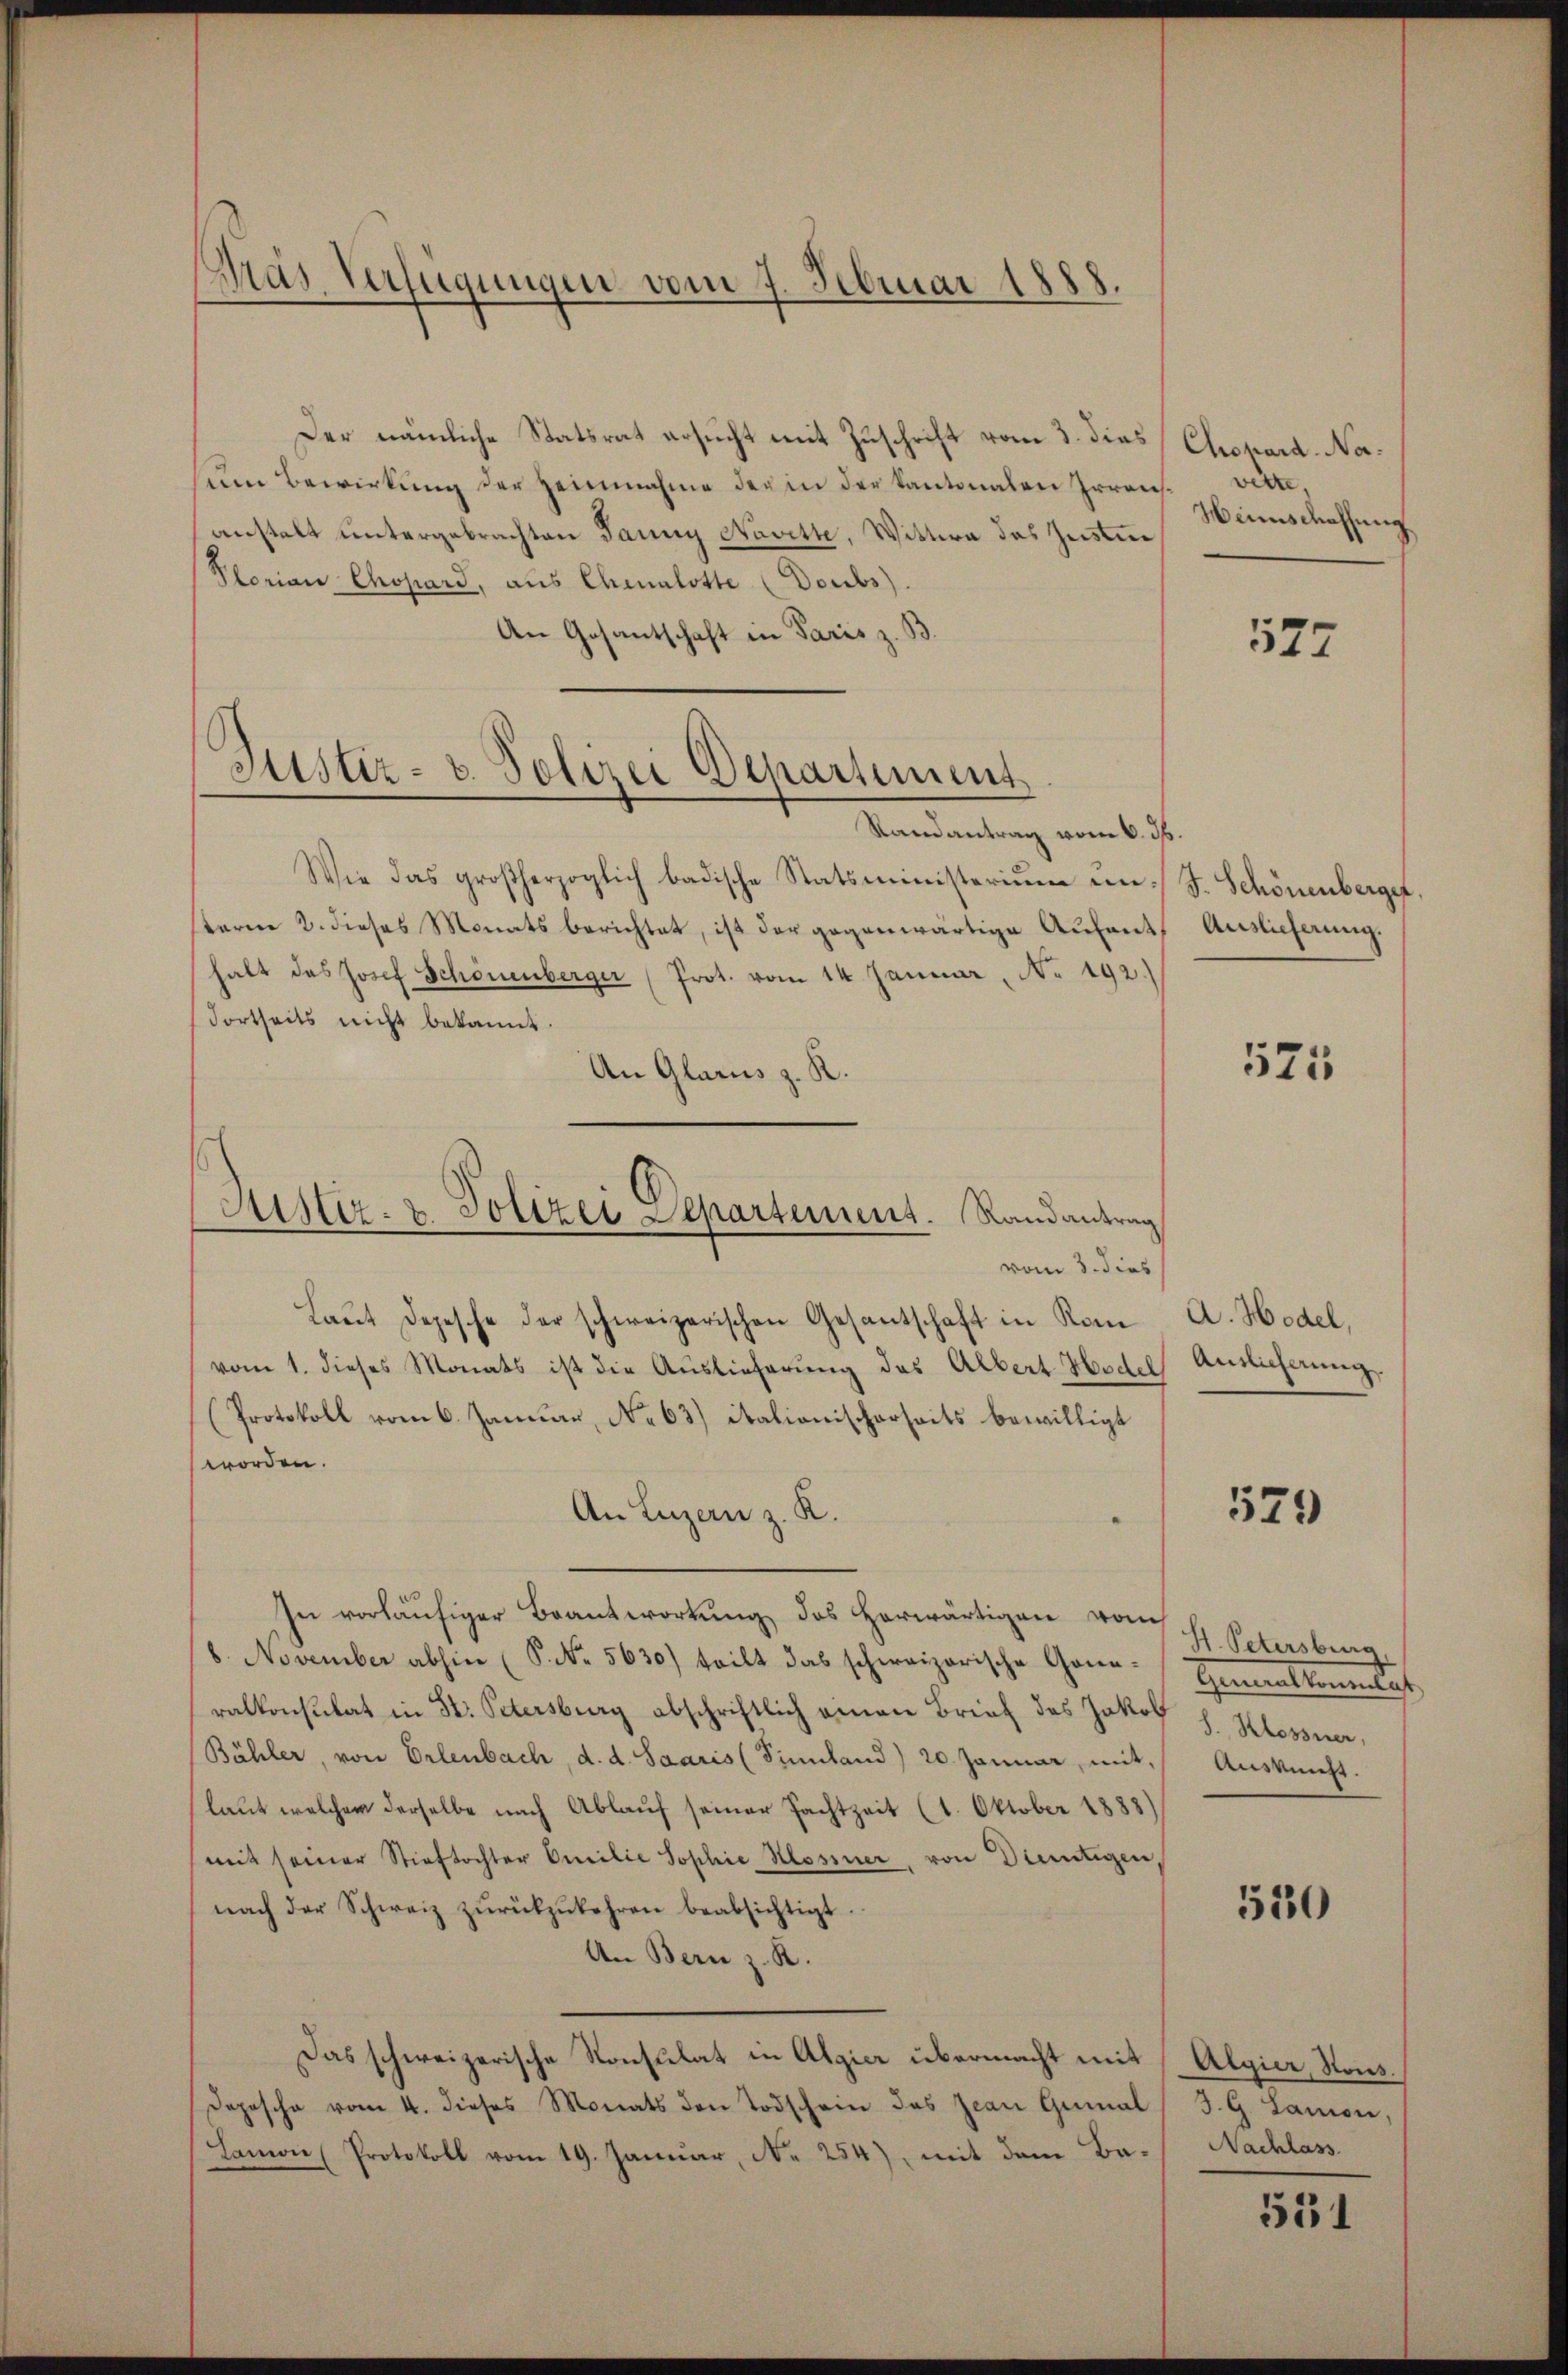
Gras Verfügungen vom 7. Februar 1888.
—

Der nämliche Statsrat ersucht mit Zuschrift vom 3. dies
zum Bewirkung der Zeinahme der in der Kantonalen Irren
anstalt untergebrachten Jauny Navette, Wittwe des Justin
Plorian Chopard, aus Chenalotte (Doubs).
An Gesantschaft in Paris z. B.

Justiz- u. Polizei Departement

Justiz- & Polizei Departement. Randantrag
vom 3. dies

Randantrag vom 6. ds.
Wie das großherzoglich badische Statsministerium um J. Schönenbergef
sterne 2. dieses Monats berichtet, ist der gegenwärtige Aufenthalt das Josef Schönenberger (Prot. vom 14. Januar, No. 192.)
dortseits nicht bekannt.
An Glarus z. R.

Laŭt Depesche der schweizerischen Gesantschaft in Kom A. Hodel,
vom 1. dieses Monats ist die Auslieferŭng das Albert Hodel Auslicherung.
(Protokoll vom 6. Januar, No 63) italionischerseits bewilligt
worden.
An Luzern z. K.
In vorläufiger Beantwortung des herwärtigen vom
8. November abhin (S. No. 5630) teilt das schweizerische Generalkonsulat in St. Petersburg abschriftlich einen Brief des Jakob
Bähler, von Erlenbach, d. d. Saaris (Sinland) 20. Januar, mit,
laut welcher derselbe nach Ablauf seiner Pachtzeit (1. Oktober 1888)
(mit seiner Stieftochter Emilie Sophie Hosiner, von Dietigen,
nach der Schweiz zŭrükzŭkehren beabsichtigt.
An Bern z. R.
Das schweizerische Konsulat in Algier übermacht mit
Depesche vom 4. dieses Monats den Todschein das Jean Gumal / J. G. Lamon,
Lamon (Protokoll vom 19. Januar, N. 254), mit dem Ba¬

Chopard, Navire
Weinschaffung

527

Auslieferung.

525

579

H. Petersburg.
Gemeintiments
8. Klassner,
Aussicht.

530

Algier, Sons.
Nachlass

551